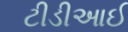
ટીડીઆઈ